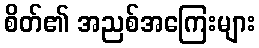
စိတ်၏ အညစ်အကြေးများ